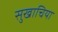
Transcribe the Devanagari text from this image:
सुखाचिया